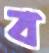
ব